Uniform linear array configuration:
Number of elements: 64
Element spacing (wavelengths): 1
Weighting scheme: hamming
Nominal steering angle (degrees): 60
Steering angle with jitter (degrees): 58.76
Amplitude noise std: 0.05
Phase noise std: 0.05

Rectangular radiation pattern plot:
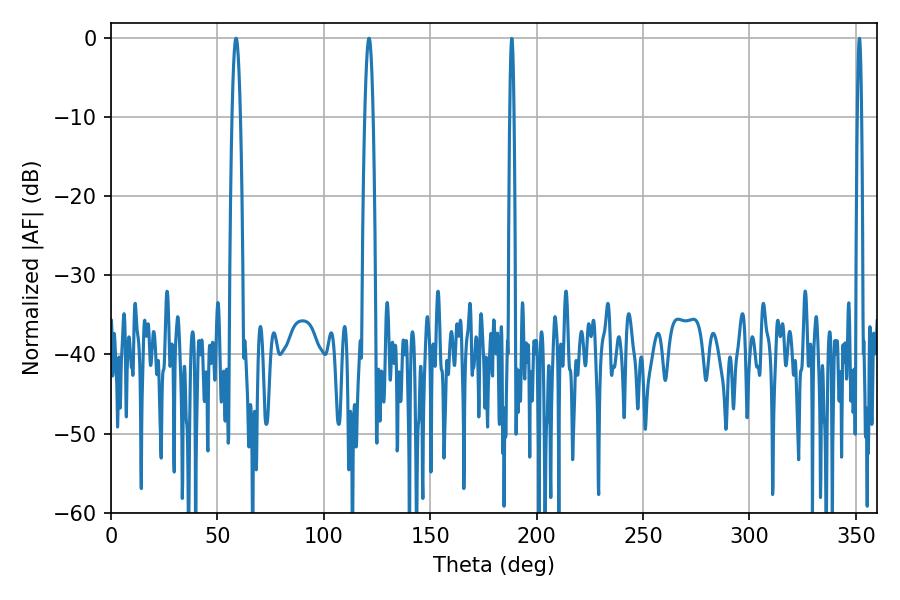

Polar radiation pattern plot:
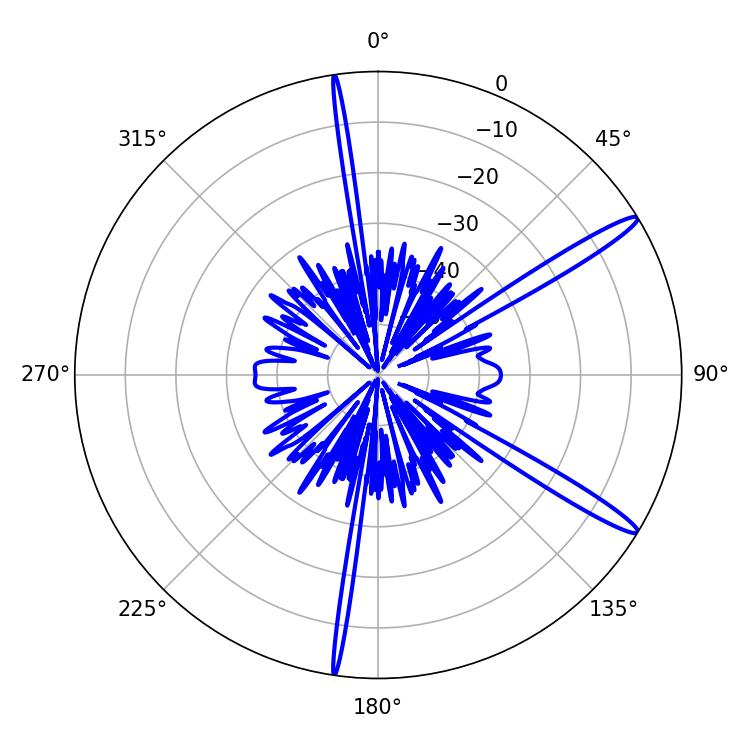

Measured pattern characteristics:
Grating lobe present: TRUE
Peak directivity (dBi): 14.91
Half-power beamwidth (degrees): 1.98
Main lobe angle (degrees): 58.68